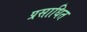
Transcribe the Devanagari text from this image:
प्रसाधित